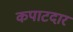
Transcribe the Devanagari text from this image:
कपाटदार